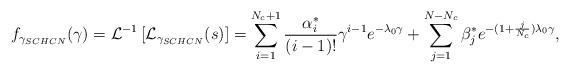
LaTeX: \begin{align*} f_{\gamma_{SCHCN}}(\gamma)&=\mathcal{L}^{-1}\left[ \mathcal{L}_{\gamma_{SCHCN}}(s)\right]=\sum_{i=1}^{N_c+1} \frac{ \alpha_i^* }{(i-1)!}\gamma^{i-1} e^{-\lambda_{0}\gamma}+ \sum_{j=1}^{N-N_c} \beta_j^* e^{-(1+\frac{j}{N_c})\lambda_{0}\gamma},\\ \end{align*}